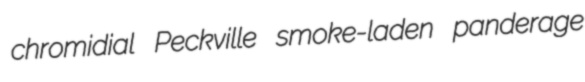
chromidial Peckville smoke-laden panderage